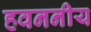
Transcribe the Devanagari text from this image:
हवननीय